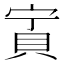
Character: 𧵒